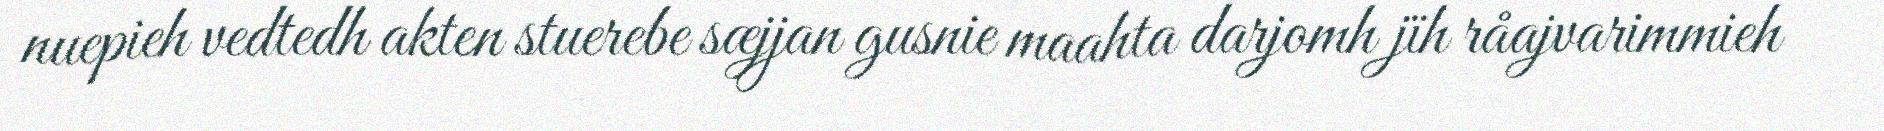
nuepieh vedtedh akten stuerebe sæjjan gusnie maahta darjomh jïh råajvarimmieh